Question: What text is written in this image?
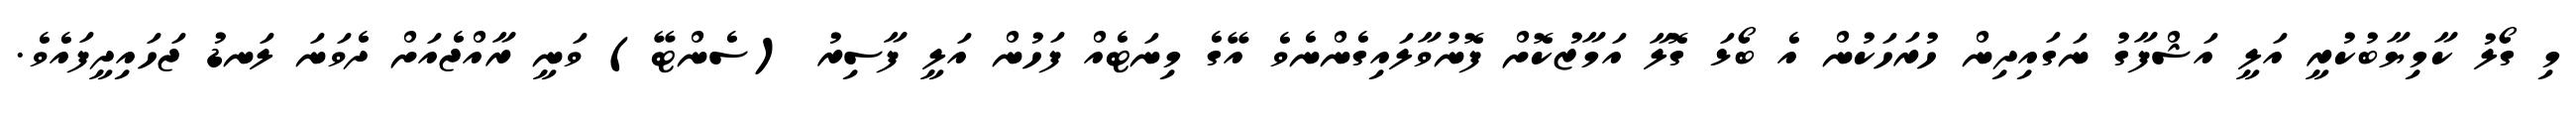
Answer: މި ގޯލު ކާމިޔާބުކުރީ އަލީ އަޝްފާގު ނަގައިދިން ހުރަހަކުން އެ ބޯޅަ ގޮލާ އަމާޒުކޮށް ފޮނުވާލައިގެންނެވެ އޭގެ މިނަޓެއް ފަހުން އަލީ ފާސިރު (ސެންޓޭ) ވަނީ ރާއްޖެއަށް ދެވަނަ ލަނޑު ޖަހައިދީފައެވެ.